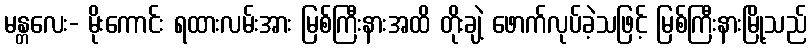
မန္တလေး- မိုးကောင်း ရထားလမ်းအား မြစ်ကြီးနားအထိ တိုးချဲ့ ဖောက်လုပ်ခဲ့သဖြင့် မြစ်ကြီးနားမြို့သည်